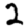
Digit: 2